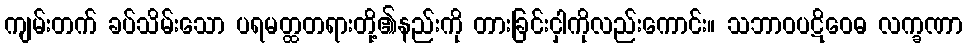
ကျမ်းတက် ခပ်သိမ်းသော ပရမတ္ထတရားတို့၏နည်းကို တားခြင်းငှါကိုလည်းကောင်း။ သဘာဝပဋိဝေဓ လက္ခဏာ